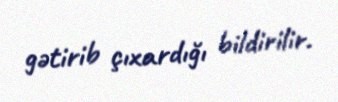
gətirib çıxardığı bildirilir.